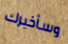
وسأخبرك